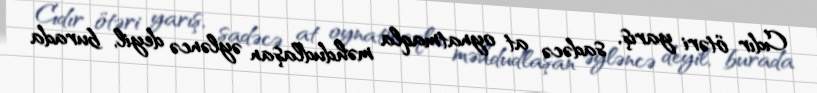
Cıdır ötəri yarış, sadəcə at oynatmaqla məhdudlaşan əyləncə deyil, burada